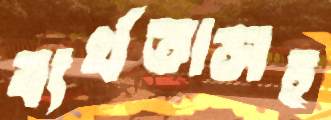
ব্যর্থতাসহ